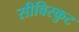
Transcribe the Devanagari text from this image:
सीबिस्कुट